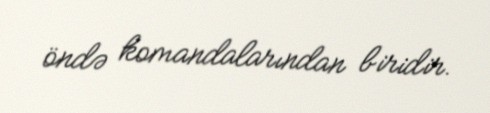
öndə komandalarından biridir.